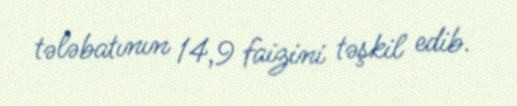
tələbatının 14,9 faizini təşkil edib.